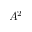
A ^ { 2 }